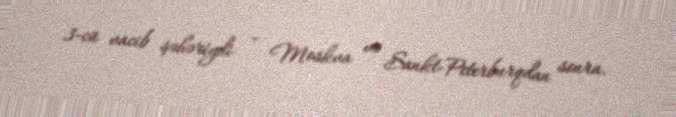
3-cü vacib şəhəriydi – Moskva və Sankt-Peterburqdan sonra.